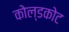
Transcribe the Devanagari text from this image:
कोल्डकोट